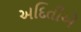
અદિતીએ